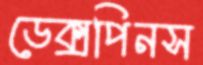
ডেক্সপিনস